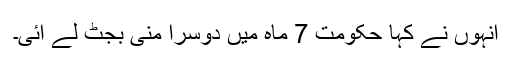
انہوں نے کہا حکومت 7 ماہ میں دوسرا منی بجٹ لے آئی۔